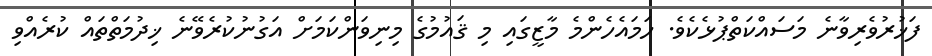
ފަޚުރުވެރިވާނެ މަސައްކަތްޕުޅެކެވެ. ހަމައެހެންމެ މާޒީގައި މި ޤައުމުގެ މިނިވަންކަމަށް އަގުނުކުރެވޭނެ ޚިދުމަތްތައް ކުރެއްވި